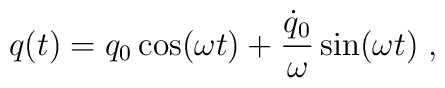
q(t) = q_0 \cos(\omega t) + {\dot{q}_0 \over \omega} \sin(\omega t) \; ,